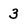
Character: 3